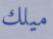
ميلك